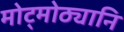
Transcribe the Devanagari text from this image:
मोट्मोठ्यानि